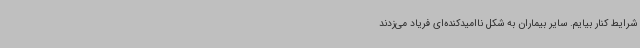
شرایط کنار بیایم. سایر بیماران به شکل ناامیدکنده‌ای فریاد می‌زدند